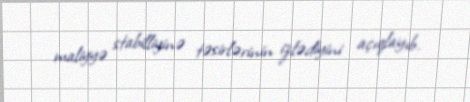
maliyyə stabilliyinə təsirlərinin izlədiyini açıqlayıb.